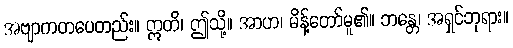
အဗျာကတပေတည်း။ ဣတိ၊ ဤသို့။ အာဟ၊ မိန့်တော်မူ၏။ ဘန္တေ၊ အရှင်ဘုရား။